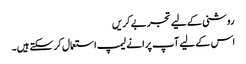
روشنی کے لیے تجربے کریں
اس کے لیے آپ پرانے لیمپ استعمال کر سکتے ہیں۔